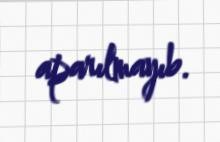
aparılmayıb.